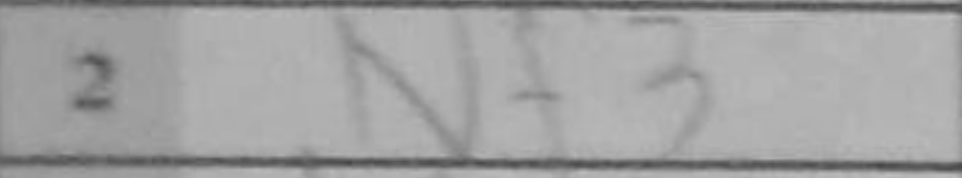
Transcription: Nf3